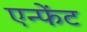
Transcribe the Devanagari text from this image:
एन्फेंट